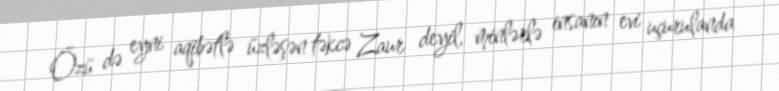
Özü də eyni aqibətlə üzləşən təkcə Zaur deyil, minlərlə insanın evi uçurulanda